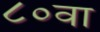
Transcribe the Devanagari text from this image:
८०वा